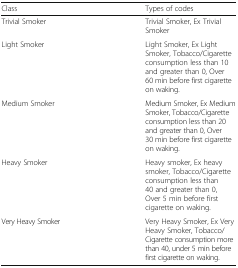
| Class | Types of codes |
 | --- | --- |
 | Trivial Smoker | Trivial Smoker, Ex Trivial Smoker |
 | Light Smoker | Light Smoker, Ex Light Smoker, Tobacco/Cigarette consumption less than 10 and greater than 0, Over 60 min before first cigarette on waking. |
 | Medium Smoker | Medium Smoker, Ex Medium Smoker, Tobacco/Cigarette consumption less than 20 and greater than 0, Over 30 min before first cigarette on waking. |
 | Heavy Smoker | Heavy smoker, Ex heavy smoker, Tobacco/Cigarette consumption less than 40 and greater than 0, Over 5 min before first cigarette on waking. |
 | Very Heavy Smoker | Very Heavy Smoker, Ex Very Heavy Smoker, Tobacco/Cigarette consumption more than 40, under 5 min before first cigarette on waking. |